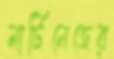
মার্টিনেজের